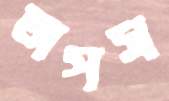
অপস